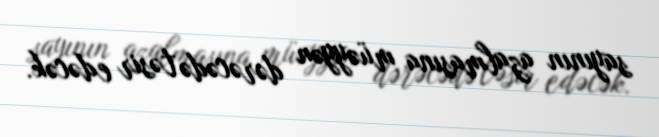
sayının azalmasına müəyyən dərəcədə təsir edəcək.